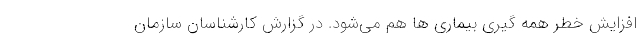
افزایش خطر همه گیری بیماری ها هم می‌شود. در گزارش کارشناسان سازمان